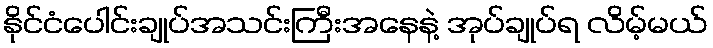
နိုင်ငံပေါင်းချုပ်အသင်းကြီးအနေနဲ့ အုပ်ချုပ်ရ လိမ့်မယ်